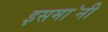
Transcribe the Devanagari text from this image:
इसमा॓नी